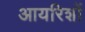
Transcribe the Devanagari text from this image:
आयरिशों